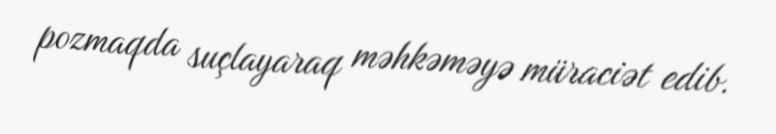
pozmaqda suçlayaraq məhkəməyə müraciət edib.